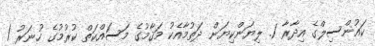
ކައުންސިލްގެ އިދާރާ 1. ލިޔަންކިޔަން ދަތުމާއެކު މަޤާމުގެ މަސައްކަތް ކުރުމުގެ ހުނަރު /